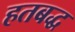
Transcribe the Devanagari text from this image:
हतबद्ध